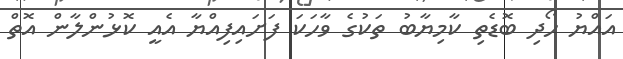
އައްޔު ހޯދި ބޮޑެތި ކާމިޔާބު ތަކުގެ ވާހަކަ ފަށައިފިއްޔާ އެއީ ކޮޅުންލާން އޮތް